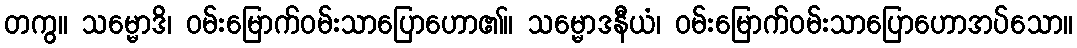
တကွ။ သမ္မောဒိ၊ ဝမ်းမြောက်ဝမ်းသာပြောဟော၏။ သမ္မောဒနီယံ၊ ဝမ်းမြောက်ဝမ်းသာပြောဟောအပ်သော။